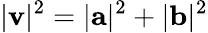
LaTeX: |\mathbf{v}|^{2}=|\mathbf{a}|^{2}+|\mathbf{b}|^{2}